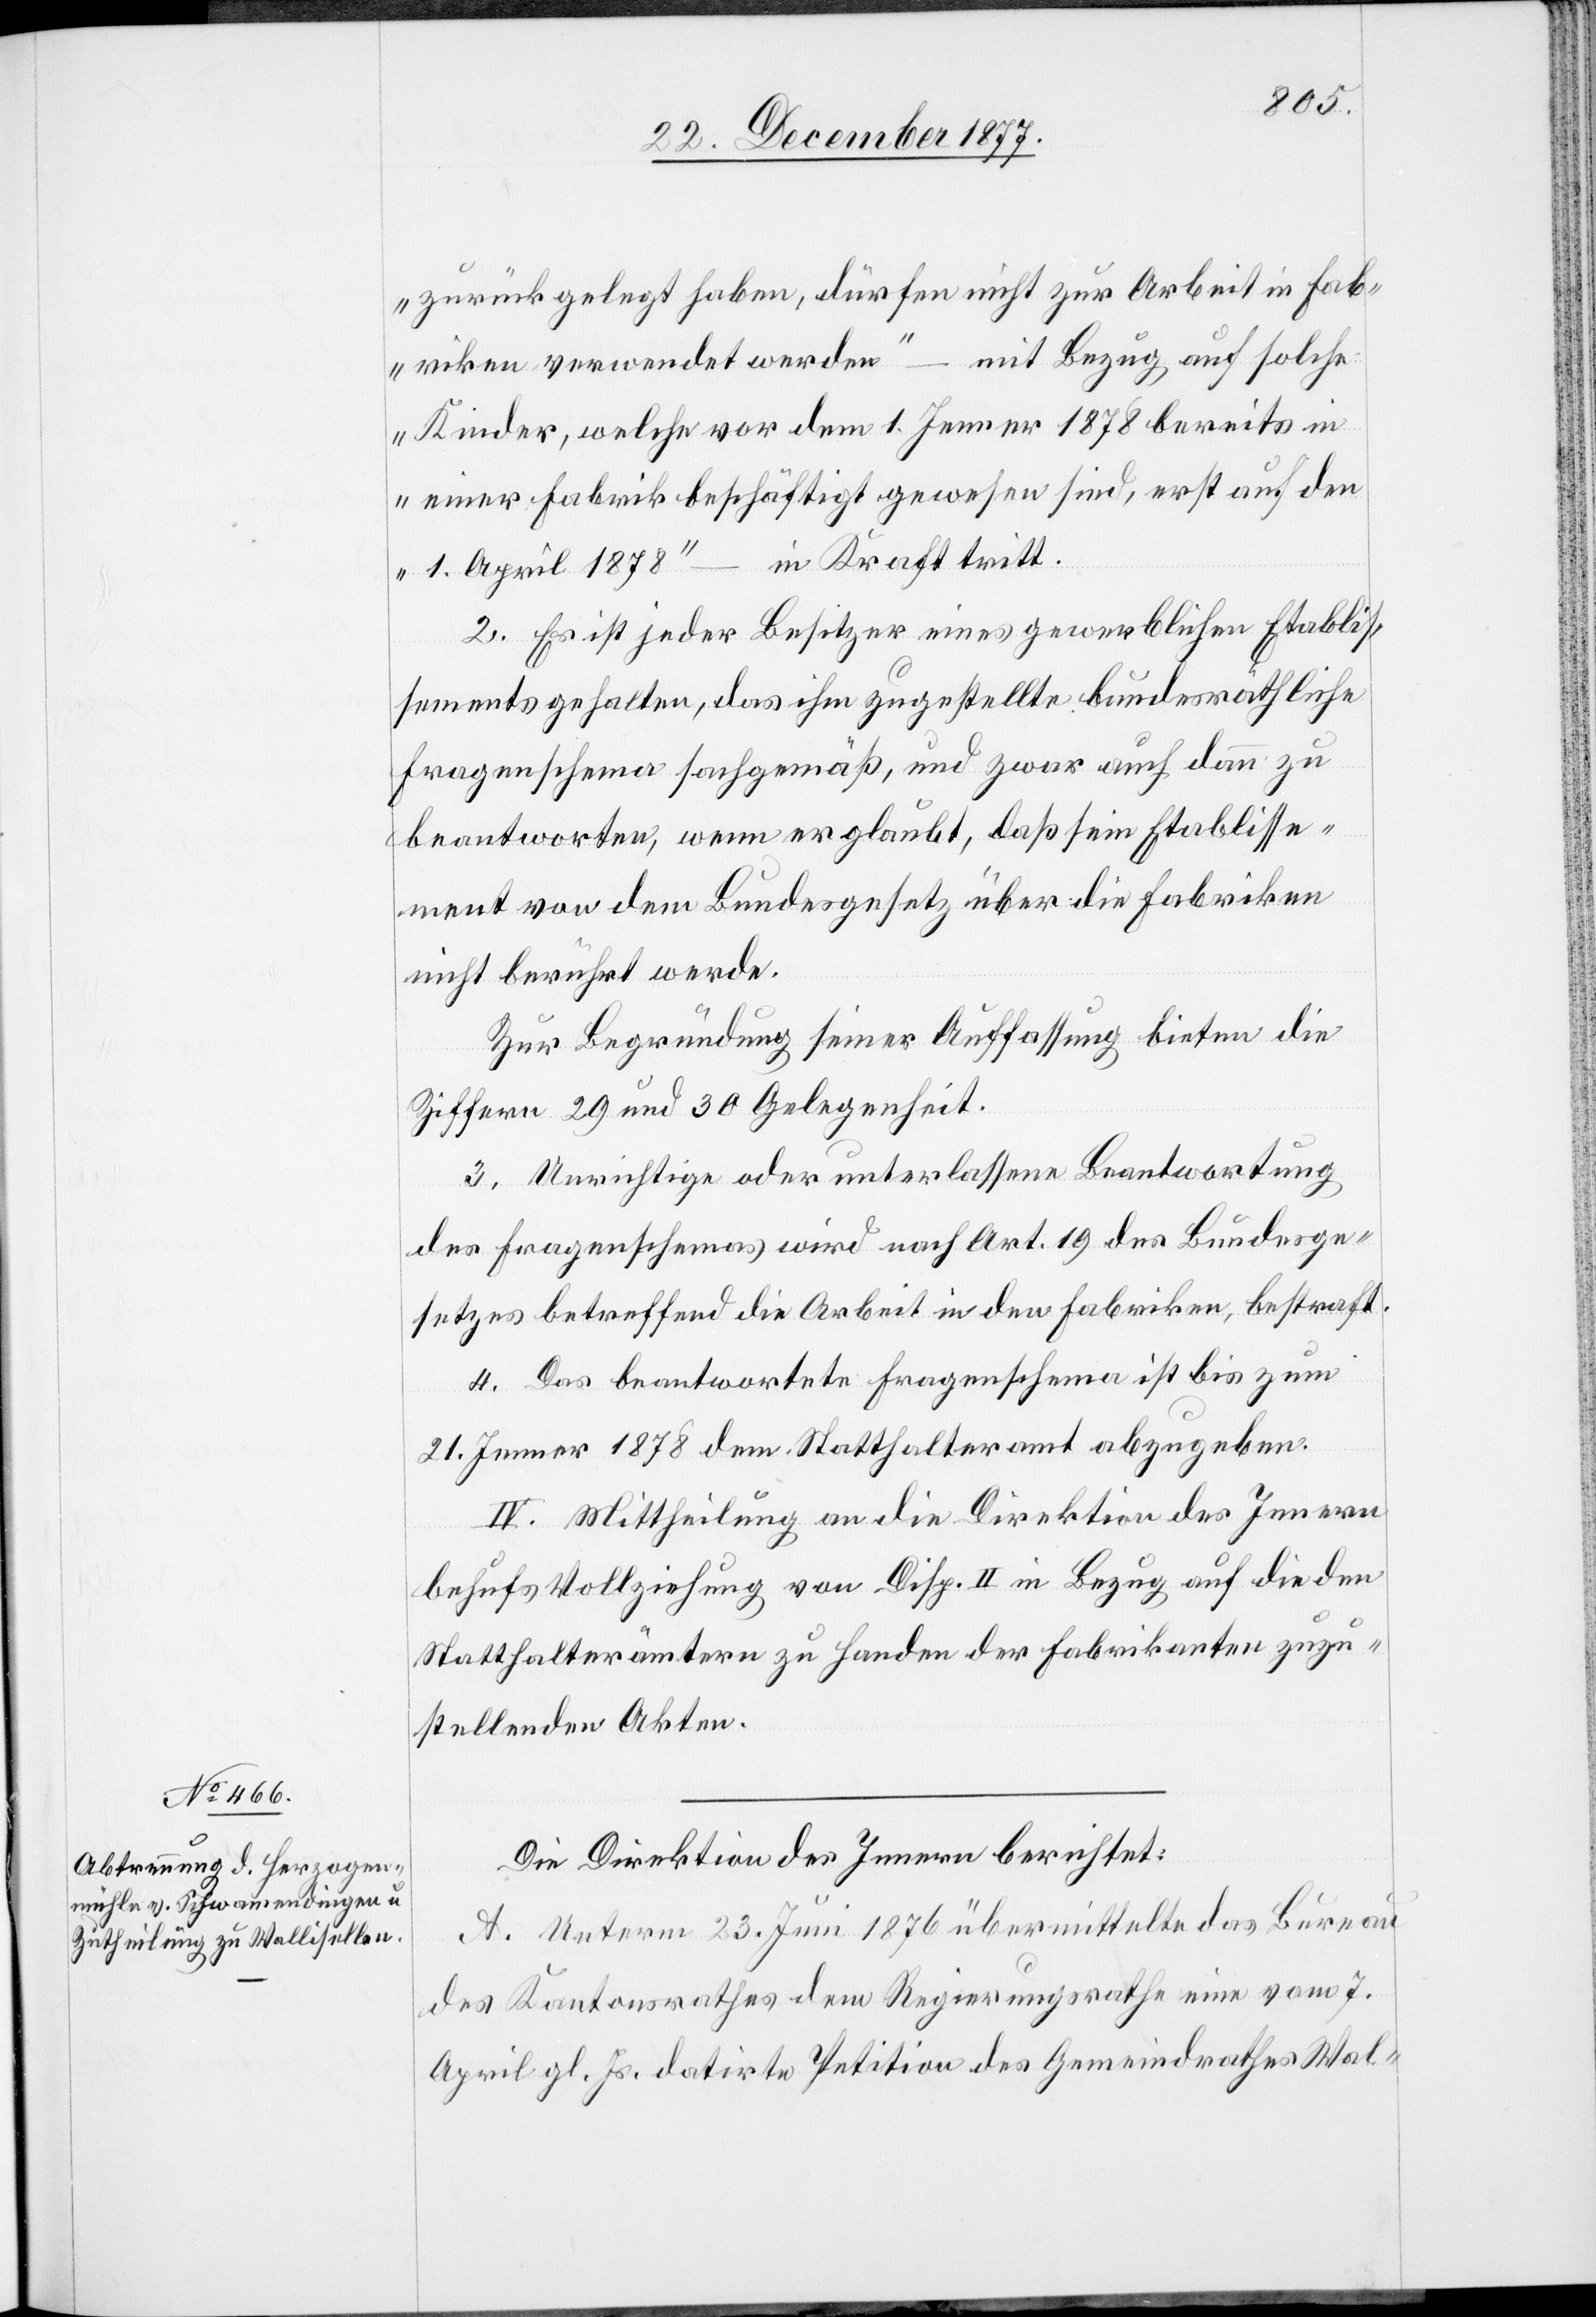
zurückgelegt haben, dürfen nicht zur Arbeit in Fab¬
mit Bezug auf solche
riken verwendet werden“
Kinder, welche vor dem 1. Jenner 1878 bereits in
einer Fabrik beschäftigt gewesen sind, erst auf den
in Kraft tritt.
1. April 1878“
2. Es ist jeder Besitzer eines gewerblichen Etablis¬
sements gehalten, das ihm zugestellte bundesräthliche
Fragenschema sachgemäß, und zwar auch dann zu
beantworten, wenn er glaubt, daß sein Etablisse¬
ment von dem Bundesgesetz über die Fabriken
nicht berührt werde.
Zur Begründung seiner Auffassung bieten die
Ziffern 29 und 30 Gelegenheit.
3. Unrichtige oder unterlassene Beantwortung
des Fragenschemas wird nach Art. 19 des Bundesge¬
setzes betreffend die Arbeit in den Fabriken, bestraft.
4. Das beantwortete Fragenschema ist bis zum
21. Jenner 1878 dem Statthalteramt abzugeben.
IV. Mittheilung an die Direktion des Innern
behufs Vollziehung von Disp. II in Bezug auf die den
Statthalterämtern zu Handen der Fabrikanten zuzu¬
stellenden Akten.